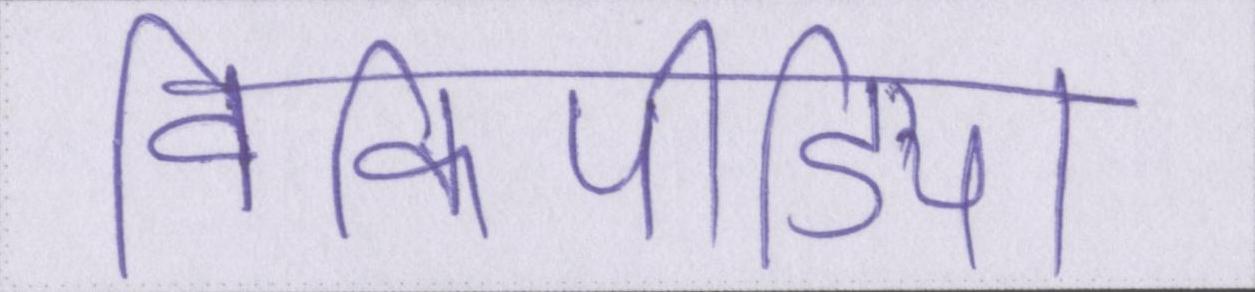
विकिपीडिया